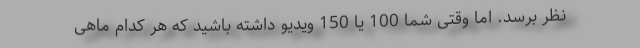
نظر برسد. اما وقتی شما 100 یا 150 ویدیو داشته باشید که هر کدام ماهی